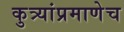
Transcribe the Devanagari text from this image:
कुत्र्यांप्रमाणेच